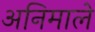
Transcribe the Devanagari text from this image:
अनिमाले